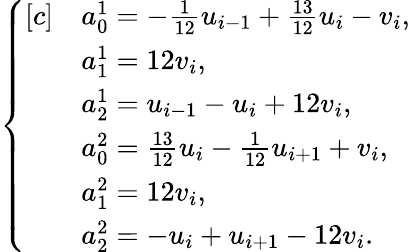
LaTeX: \begin{array}{r}{\left\{ \begin{array}{rl}{[c]}&{a_{0}^{1}=-\frac{1}{12}u_{i-1}+\frac{13}{12}u_{i}-v_{i},}\\ &{a_{1}^{1}=12v_{i},}\\ &{a_{2}^{1}=u_{i-1}-u_{i}+12v_{i},}\\ &{a_{0}^{2}=\frac{13}{12}u_{i}-\frac{1}{12}u_{i+1}+v_{i},}\\ &{a_{1}^{2}=12v_{i},}\\ &{a_{2}^{2}=-u_{i}+u_{i+1}-12v_{i}.}\end{array}\right.}\end{array}